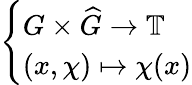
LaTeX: \left\{ \begin{array}{ll}{G\times{\widehat{G}}\to\mathbb{T}}\\ {(x,\chi)\mapsto\chi(x)}\end{array}\right.